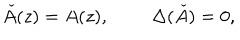
{ \check { A } } ( z ) = A ( z ) , \Delta ( \check { A } ) = 0 ,